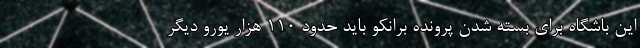
این باشگاه برای بسته شدن پرونده برانکو باید حدود ١١٠ هزار یورو دیگر